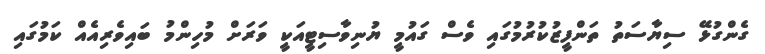
ގެންގުޅޭ ސިޔާސަތު ތަންފީޒުކުރުމުގައި ވެސް ގައުމީ ޔުނިވާސިޓީއަކީ ވަރަށް މުހިންމު ބައިވެރިއެއް ކަމުގައި